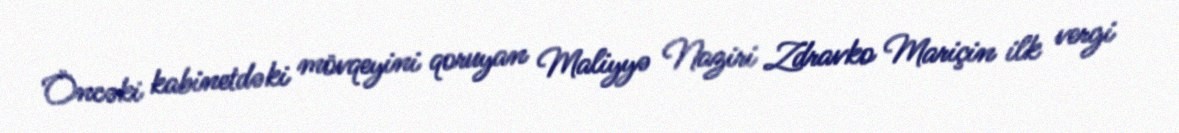
Öncəki kabinetdəki mövqeyini qoruyan Maliyyə Naziri Zdravko Mariçin ilk vergi